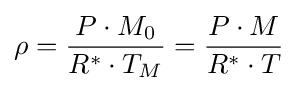
\rho ={\frac {P\cdot M_{0}}{R^{*}\cdot T_{M}}}={\frac {P\cdot M}{R^{*}\cdot T}}